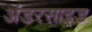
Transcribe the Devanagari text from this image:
अंडरसाइड